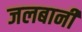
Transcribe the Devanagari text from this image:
जलबानी